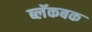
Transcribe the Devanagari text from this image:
ब्लॅकबक